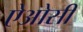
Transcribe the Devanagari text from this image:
ऐओसी